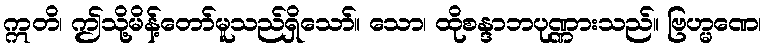
ဣတိ၊ ဤသို့မိန့်တော်မူသည်ရှိသော်။ သော၊ ထိုစန္ဒာဘပုဏ္ဏားသည်။ ဗြဟ္မဏေ၊